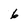
Character: 6